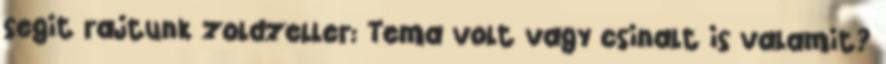
segit rajtunk zoldzeller: Tema volt vagy csinalt is valamit?